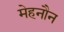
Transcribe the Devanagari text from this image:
मेहनौन